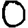
Digit: 0